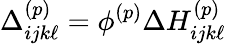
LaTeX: \Delta_{ijk\ell}^{(p)}=\phi^{(p)}\Delta H_{ijk\ell}^{(p)}